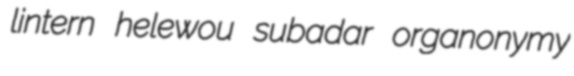
lintern helewou subadar organonymy